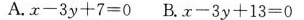
A.$$x - 3 y +7 =0$$ B.$$x - 3 y + 1 3 = 0$$